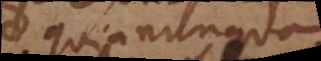
quia nunquam